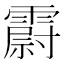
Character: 霨